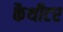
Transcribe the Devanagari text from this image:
कैथीटर